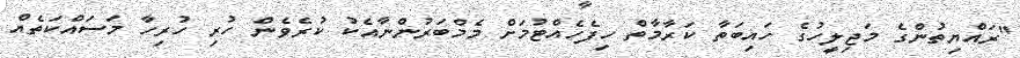
"ރައްޔިތުންގެ މަޖިލީހުގެ ހައިބަތާ ކަރާމާތް ހިފެހެއްޓުމަށް މެމްބަރުންނާއެކު ކުރެވެން ހުރި ހުރިހާ މަަސައްކަތެއް